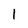
Character: 1